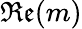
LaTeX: \mathfrak{Re}(m)